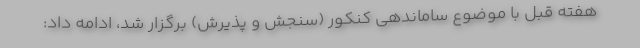
هفته قبل با موضوع ساماندهی کنکور (سنجش و پذیرش) برگزار شد، ادامه داد: